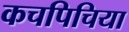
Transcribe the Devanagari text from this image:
कचपिचिया